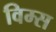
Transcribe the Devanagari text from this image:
विम्स